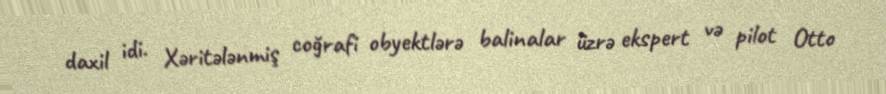
daxil idi. Xəritələnmiş coğrafi obyektlərə balinalar üzrə ekspert və pilot Otto